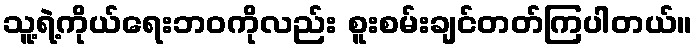
သူ့ရဲ့ကိုယ်ရေးဘဝကိုလည်း စူးစမ်းချင်တတ်ကြပါတယ်။